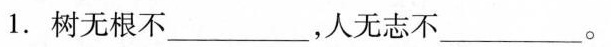
1. 树无根不___，人无志不___。